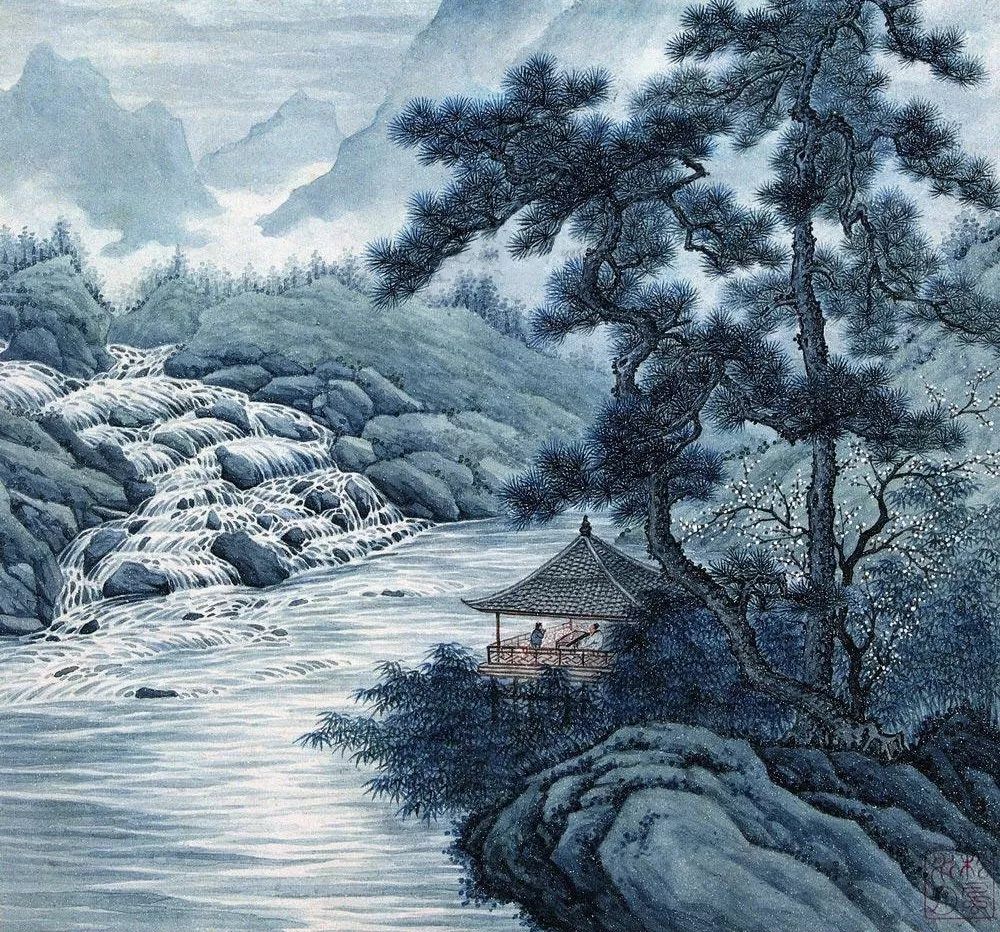
醉里且贪欢笑，要愁那得工夫。